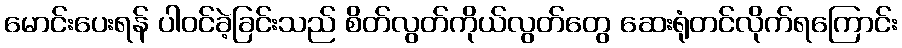
မောင်းပေးရန် ပါဝင်ခဲ့ခြင်းသည် စိတ်လွတ်ကိုယ်လွတ်တွေ ဆေးရုံတင်လိုက်ရကြောင်း